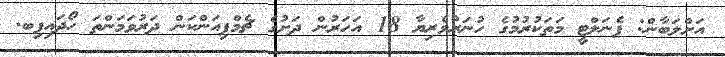
އަށްލަބާން: ޕެނަލްޓީ މަތަކުރުމުގެ ހުނަރުވެރިޔާ 18 އަހަރުން ދަށުގެ ޗެމްޕިއަންކަން ދަރުވަމަންތަ ހޯދައިފިބ.